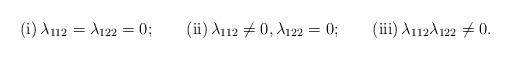
LaTeX: \begin{align*} &\mathrm{(i)}\, \lambda_{112}=\lambda_{122}=0; &&\mathrm{(ii)}\, \lambda_{112}\neq 0,\lambda_{122}=0; &&\mathrm{(iii)}\, \lambda_{112}\lambda_{122}\neq0.\end{align*}